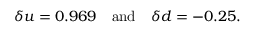
\delta u = 0 . 9 6 9 \quad \mathrm { a n d } \quad \delta d = - 0 . 2 5 .